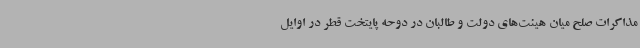
مذاکرات صلح میان هیئت‌های دولت و طالبان در دوحه پایتخت قطر در اوایل